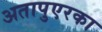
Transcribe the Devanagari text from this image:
अतापुएरका